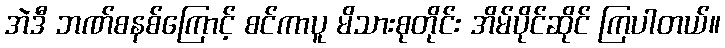
အဲဒီ ဘဏ်စနစ်ကြောင့် စင်ကာပူ မိသားစုတိုင်း အိမ်ပိုင်ဆိုင် ကြပါတယ်။